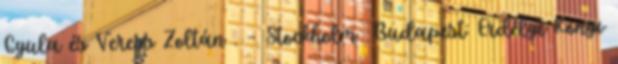
Gyula és Veress Zoltán . – Stockholm Budapest: Erdélyi Könyv